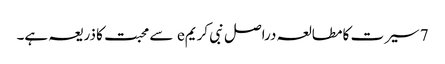
7 سیرت کا مطالعہ دراصل نبی کریمe سے محبت کا ذریعہ ہے۔